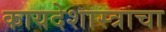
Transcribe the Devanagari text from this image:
कायदेशास्त्राचा